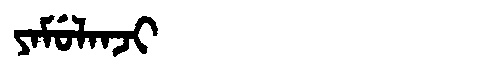
Manchu: ᠶᠠᠮᡠᠯᠠᠨᠵᡳ
Romanization: YAMULANJI